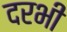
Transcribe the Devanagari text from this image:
दरभी